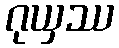
ဂုယှဿ